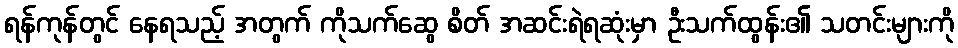
ရန်ကုန်တွင် နေရသည့် အတွက် ကိုသက်ဆွေ စိတ် အဆင်းရဲရဆုံးမှာ ဦးသက်ထွန်း၏ သတင်းများကို